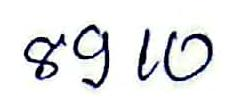
8910